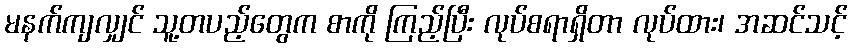
မနက်ကျလျှင် သူ့တပည့်တွေက စာကို ကြည့်ပြီး လုပ်စရာရှိတာ လုပ်ထား၊ အဆင်သင့်